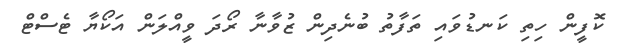
ކޮފީން ހިތި ކަނޑުވައި ތަފާތު ބުނެދިން ޒުވާނާ ރޯދަ ވީއްލަން އަކޯޔާ ޓެސްޓް